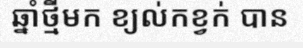
ឆ្នាំថ្មីមក ខ្យល់កខ្វក់ បាន